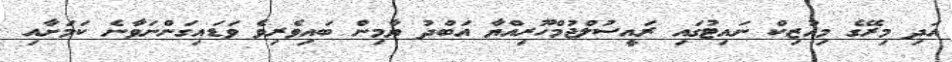
އަދި މިރޭގެ މިއުޒިކް ނައިޓުގައި ރައީސުލްޖުމްހޫރިއްޔާ އަބްދު ޔާމިން ބައިވެރިވެ ވަޑައިގަންނަވާނެ ކަމަށާއި